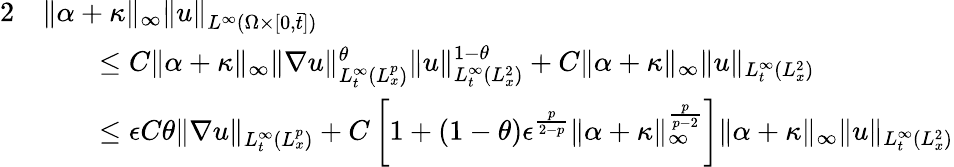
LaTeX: \begin{array}{rl}{2}&{\| \alpha+\kappa\| _{\infty}\| u\| _{L^{\infty}(\Omega\times[0,\bar{t}])}}\\ &{\qquad\leq C\| \alpha+\kappa\| _{\infty}\| \nabla u\| _{L_{t}^{\infty}(L_{x}^{p})}^{\theta}\| u\| _{L_{t}^{\infty}(L_{x}^{2})}^{1-\theta}+C\| \alpha+\kappa\| _{\infty}\| u\| _{L_{t}^{\infty}(L_{x}^{2})}}\\ &{\qquad\leq\epsilon C\theta\| \nabla u\| _{L_{t}^{\infty}(L_{x}^{p})}+C\left[1+(1-\theta)\epsilon^{\frac{p}{2-p}}\| \alpha+\kappa\| _{\infty}^{\frac{p}{p-2}}\right]\| \alpha+\kappa\| _{\infty}\| u\| _{L_{t}^{\infty}(L_{x}^{2})}}\end{array}